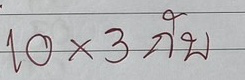
10x3 กับ